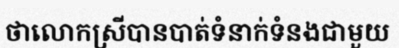
ថាលោកស្រីបានបាត់ទំនាក់ទំនងជាមួយ